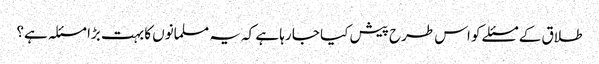
طلاق کے مسئلے کو اس طرح پیش کیا جا رہا ہے کہ یہ مسلمانوں کا بہت بڑا مسئلہ ہے؟